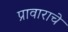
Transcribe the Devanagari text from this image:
प्रावाराचे